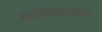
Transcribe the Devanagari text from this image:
जीविकायापन